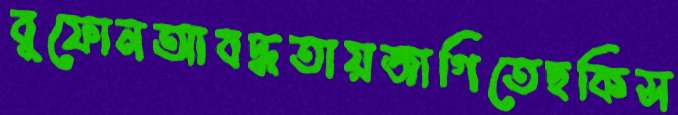
বুফোনআবদ্ধতায়জাগিতেছকিস